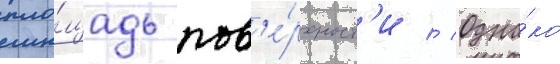
пло́щадь пов'е́рхност'и // Одна́ко